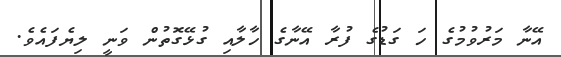
އޭނާ މަރުވުމުގެ ހަ ގަޑުގެ ފުރާ އޭނާގެ ހާލާއި ގުޅޭގޮތުން ވަނީ ލިޔެފައެވެ.